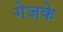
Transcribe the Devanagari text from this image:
गेजके